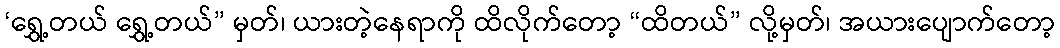
‘ရွှေ့တယ် ရွှေ့တယ်” မှတ်၊ ယားတဲ့နေရာကို ထိလိုက်တော့ “ထိတယ်” လို့မှတ်၊ အယားပျောက်တော့